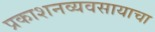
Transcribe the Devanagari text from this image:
प्रकाशनव्यवसायाचा